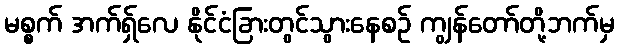
မစ္စက် အက်ရှ်လေ နိုင်ငံခြားတွင်သွားနေစဉ် ကျွန်တော်တို့ဘက်မှ